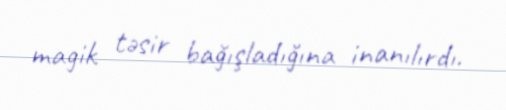
magik təsir bağışladığına inanılırdı.